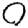
Digit: 0